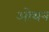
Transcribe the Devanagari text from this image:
ओथन